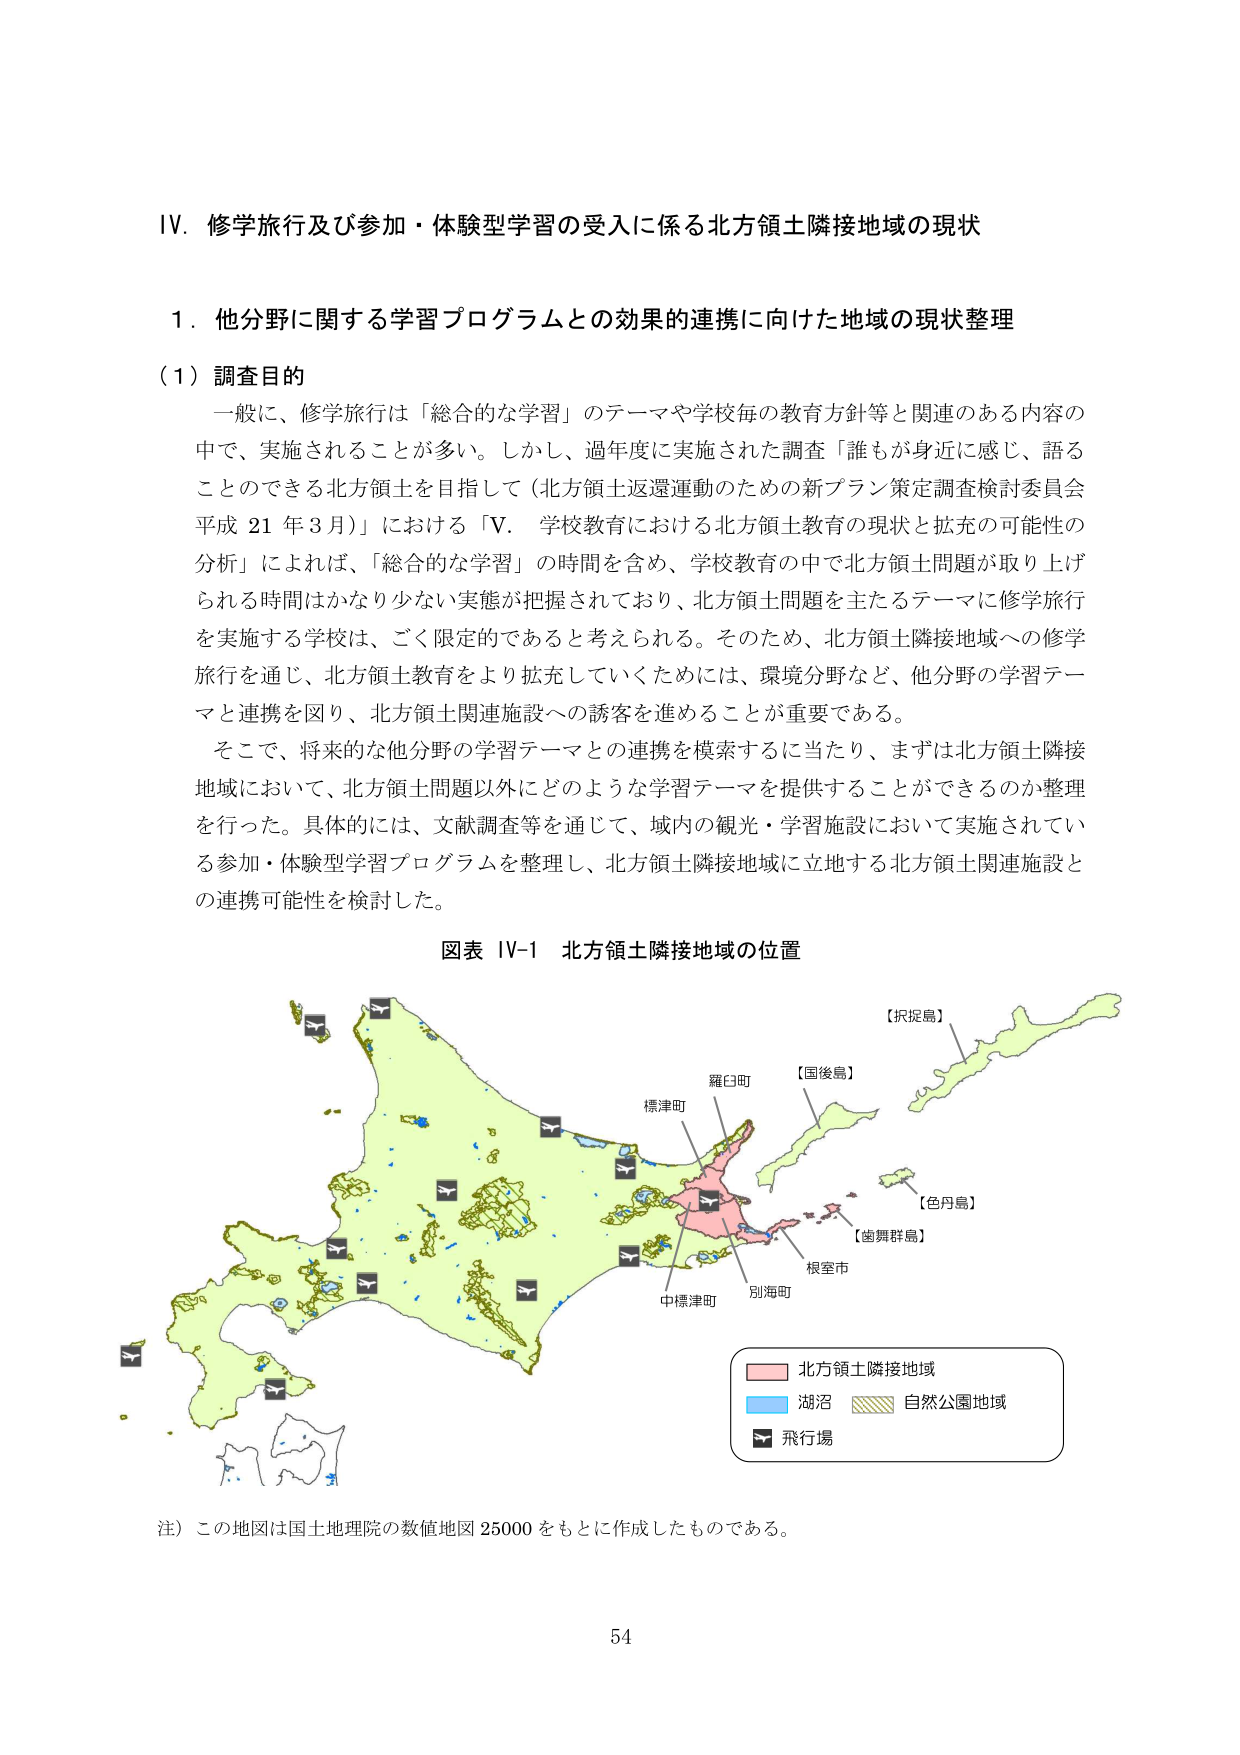
Ⅳ．修学旅行及び参加・体験型学習の受入に係る北方領土隣接地域の現状

１．他分野に関する学習プログラムとの効果的連携に向けた地域の現状整理

（１）調査目的

一般に、修学旅行は「総合的な学習」のテーマや学校毎の教育方針等と関連のある内容の中で、実施されることが多い。しかし、過年度に実施された調査「誰もが身近に感じ、語ることのできる北方領土を目指して（北方領土返還運動のための新プラン策定調査検討委員会 平成 21 年 3 月）」における「Ⅴ．学校教育における北方領土教育の現状と拡充の可能性の分析」によれば、「総合的な学習」の時間を含め、学校教育の中で北方領土問題が取り上げられる時間はかなり少ない実態が把握されており、北方領土問題を主たるテーマに修学旅行を実施する学校は、ごく限定的であると考えられる。そのため、北方領土隣接地域への修学旅行を通じ、北方領土教育をより拡充していくためには、環境分野など、他分野の学習テーマと連携を図り、北方領土関連施設への誘客を進めることが重要である。

そこで、将来的な他分野の学習テーマとの連携を模索するに当たり、まずは北方領土隣接地域において、北方領土問題以外にどのような学習テーマを提供することができるのか整理を行った。具体的には、文献調査等を通じて、域内の観光・学習施設において実施されている参加・体験型学習プログラムを整理し、北方領土隣接地域に立地する北方領土関連施設との連携可能性を検討した。

図表 Ⅳ-1 北方領土隣接地域の位置

【択捉島】
【国後島】
【色丹島】
【歯舞群島】

羅臼町
標津町
根室市
別海町
中標津町

北方領土隣接地域
湖沼
自然公園地域
飛行場

注）この地図は国土地理院の数値地図 25000 をもとに作成したものである。

54